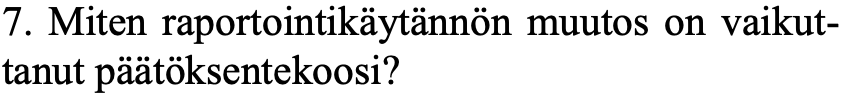
7. Miten raportointikäytännön muutos on vaikut- tanut päätöksentekoosi?